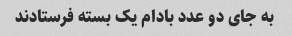
به جای دو عدد بادام یک بسته فرستادند